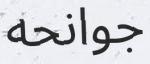
جوانحه